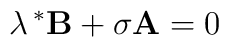
\lambda\, ^{*}\mathbf{B}+ \sigma\mathbf{A}=0